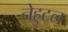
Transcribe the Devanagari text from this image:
नेहुटल